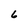
Character: 6